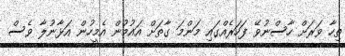
ތިހާ ވަރަށް ހާސްނުވޭ ފަހަރެއްގައި މަންމަ ގާތަށް އައުމުން އެމީހުން އަޅާނުލާ ވެސް